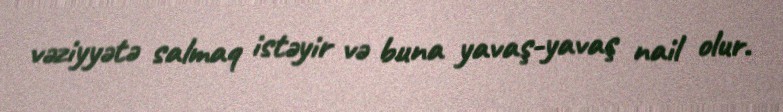
vəziyyətə salmaq istəyir və buna yavaş-yavaş nail olur.